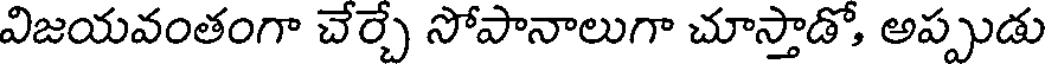
విజయవంతంగా చేర్చే సోపానాలుగా చూస్తాడో, అప్పుడు